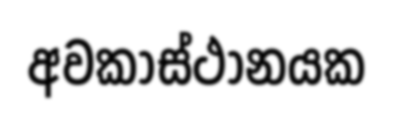
අවකාස්ථානයක